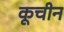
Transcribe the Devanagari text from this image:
कूचीन